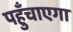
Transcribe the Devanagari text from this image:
पहुँचाएगा